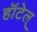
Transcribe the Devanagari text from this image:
हॉटेल्